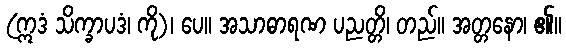
(ဣဒံ သိက္ခာပဒံ၊ ကို)၊ ပေ။ အသာဓာရဏ ပညတ္တိ၊ တည်။ အတ္တနော၊ ၏။